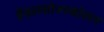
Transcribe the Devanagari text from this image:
हेंडलशोज्स्कोलन